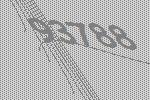
93788